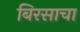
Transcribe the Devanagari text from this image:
बिरसाचा